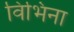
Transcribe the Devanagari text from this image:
विभिना